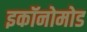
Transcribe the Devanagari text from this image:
इकॉनोमोड